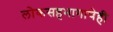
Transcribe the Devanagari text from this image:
लोकसहभागाचेही